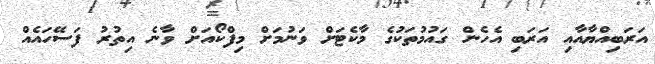
އަރަބިއްޔާއާއި އަރަބި އެހެން ގައުމުތަކުގެ މާކެޓަށް ވަނުމަށް މިފްކޯއަށް ވާނެ އިތުރު ފަސޭހައެއް